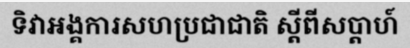
ទិវាអង្គការសហប្រជាជាតិ ស្តីពីសប្តាហ៍